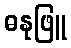
ဓနုဖြူ